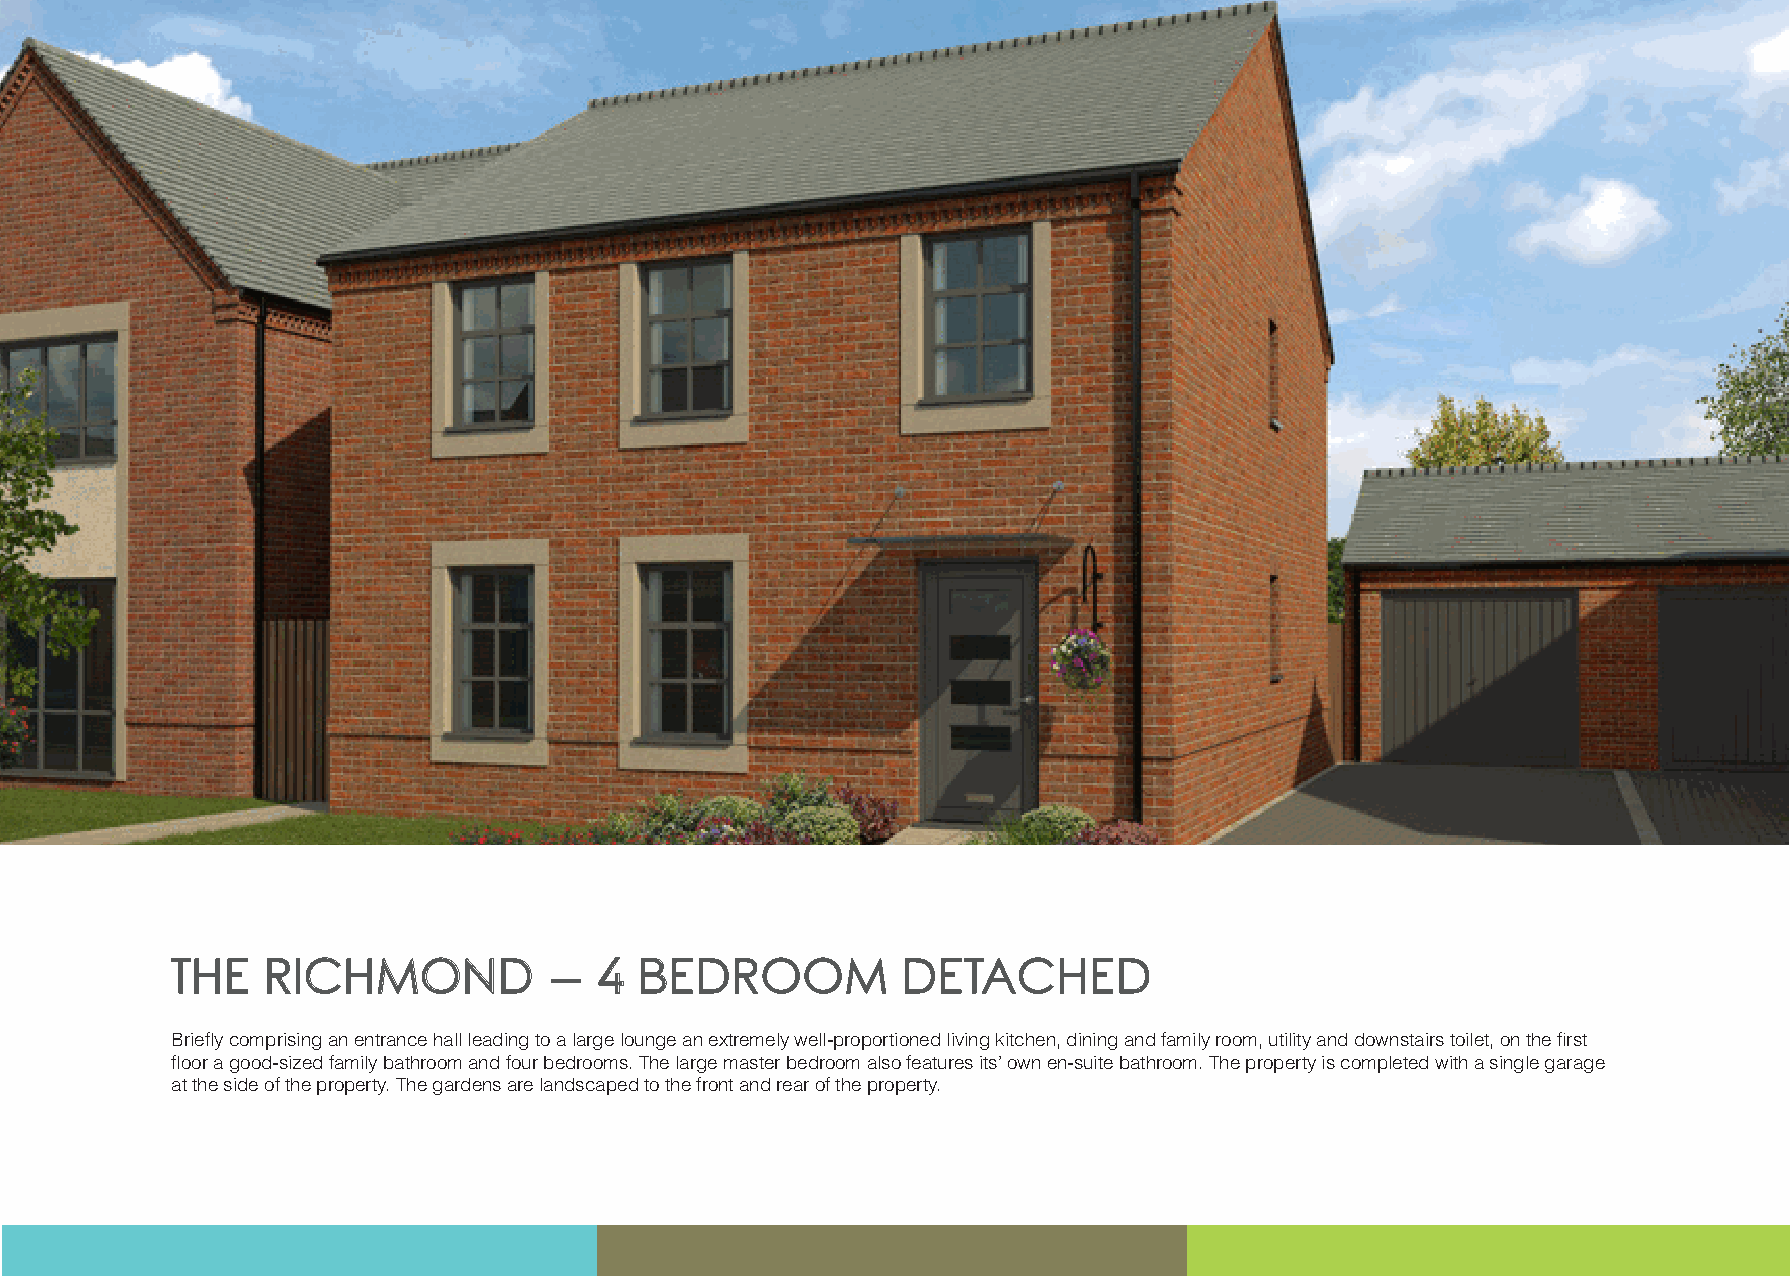
TTHHEE RRIICCHHMMOONNDD  ––  44 BBEEDDRROOOOMM   DDEETTAACCHHEEDD
 Briefly comprising an entrance hall leading to a large lounge an extremely well-proportioned living kitchen, dining and family room, utility and downstairs toilet, on the first
 floor a good-sized family bathroom and four bedrooms. The large master bedroom also features its’ own en-suite bathroom. The property is completed with a single garage
 at the side of the property. The gardens are landscaped to the front and rear of the property.